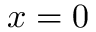
x = 0